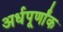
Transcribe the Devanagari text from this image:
अर्धपूर्णांक